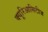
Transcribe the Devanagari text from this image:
क्यूरिआसिटीज